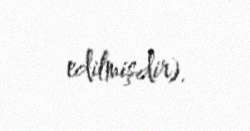
edilmişdir).